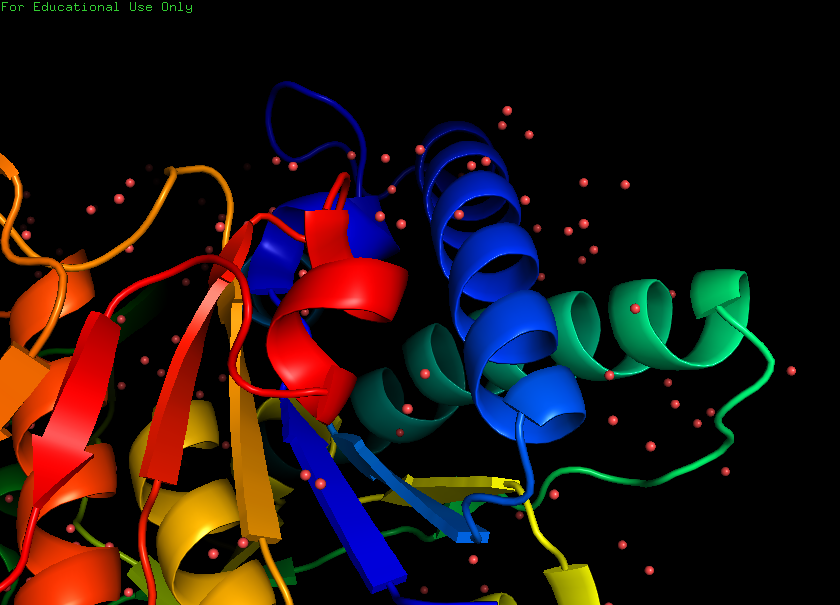
pymol, preset, pretty_solv